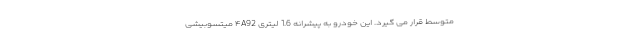
متوسط قرار می گیرد. این خودرو به پیشرانه 1.6 لیتری ۴A92 میتسوبیشی